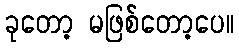
ခုတော့ မဖြစ်တော့ပေ။